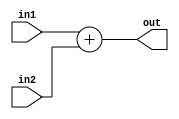
//Defining 16 bit adder
module adder16(out, in1, in2);
	input[15:0] in1, in2;
	output reg[15:0] out;

	always @(*) begin
		out = in1 + in2;
	end
endmodule